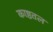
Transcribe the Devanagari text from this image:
काष्ठतल